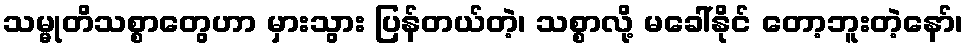
သမ္မုတိသစ္စာတွေဟာ မှားသွား ပြန်တယ်တဲ့၊ သစ္စာလို့ မခေါ်နိုင် တော့ဘူးတဲ့နော်၊